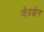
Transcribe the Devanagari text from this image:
वेडझेन